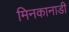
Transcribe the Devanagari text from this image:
मिनकानाडी